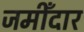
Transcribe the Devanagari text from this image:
जमीँदार